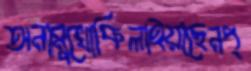
অনামুখোকিলাইয়াছেনপ্